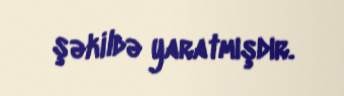
şəkildə yaratmışdır.